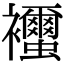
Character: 𧟐